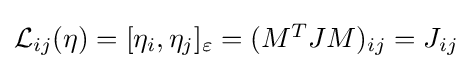
{\textstyle {\mathcal {L}}_{ij}(\eta )=[\eta _{i},\eta _{j}]_{\varepsilon }=(M^{T}JM)_{ij}=J_{ij}}